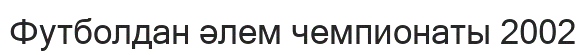
Футболдан әлем чемпионаты 2002